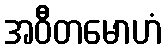
အဝီတမောဟံ